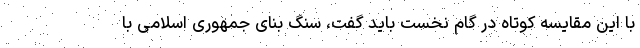
با این مقایسه کوتاه در گام نخست باید گفت، سنگ بنای جمهوری اسلامی با